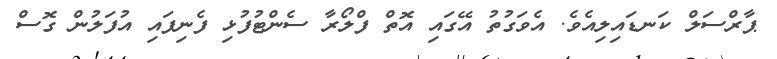
ޕާރްސަލް ކަނޑައިލިއެވެ. އެވަގުތު އޭގައި އޮތް ފްލޯރާ ސެންޓުފުޅި ފެނިފައި އުފަލުން ގޮސް